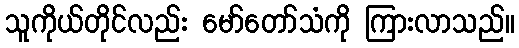
သူကိုယ်တိုင်လည်း မော်တော်သံကို ကြားလာသည်။